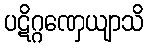
ပဋိဂ္ဂဏှေယျာသိ